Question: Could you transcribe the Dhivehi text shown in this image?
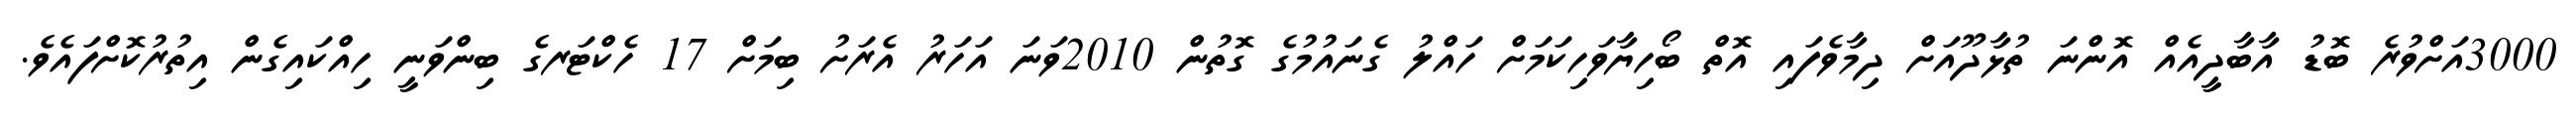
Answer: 3000އަށްވުރެ ބޮޑު އާބާދީއެއް އޮންނަ ތުޅާދޫއަށް ދިމާވެފައި އޮތް ބޯހިޔާވަހިކަމަށް ހައްލު ގެނައުމުގެ ގޮތުން 2010ވަނަ އަހަރު އެރަށު ބިމަށް 17 ހެކްޓަރގެ ބިންވަނީ ހިއްކައިގެން އިތުރުކޮށްފައެވެ.